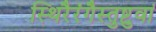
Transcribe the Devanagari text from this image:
स्थिरैरंगैस्तुष्टुवां